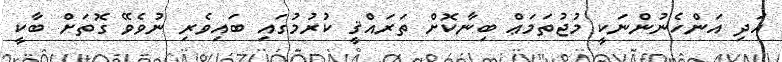
އަދި އަންހެނުންނަކީ މުޖުތަމަޢް ބިނާކޮށް ތަރައްޤީ ކުރުމުގައި ބައިވެރި ނުވެވޭ ގޮތަށް ބާކީ